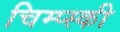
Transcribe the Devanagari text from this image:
चिम्प्स्की